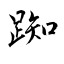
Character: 踟